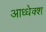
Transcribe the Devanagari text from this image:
आध्धेक्श